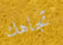
تجاهك